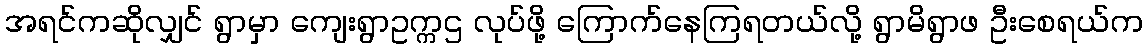
အရင်ကဆိုလျှင် ရွာမှာ ကျေးရွာဥက္ကဌ လုပ်ဖို့ ကြောက်နေကြရတယ်လို့ ရွာမိရွာဖ ဦးစေရယ်က